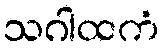
သဂါထကံ